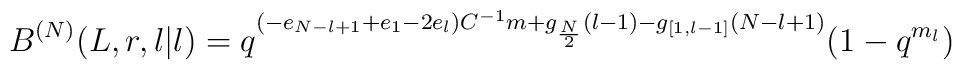
B^{(N)}(L,r,l|l)=q^{(-e_{N-l+1}+e_1-2e_l)C^{-1}m+g_{\frac{N}{2}}(l-1) -g_{[1,l-1]}(N-l+1)}(1-q^{m_l})